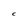
Character: C